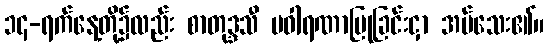
၁၄-ရက်နေ့တို့၌လည်း စာတုဒ္ဒသီ ပဝါရဏာပြုခြင်းငှာ အပ်သေး၏။